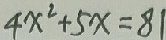
4 x ^ { 2 } + 5 x = 8 1